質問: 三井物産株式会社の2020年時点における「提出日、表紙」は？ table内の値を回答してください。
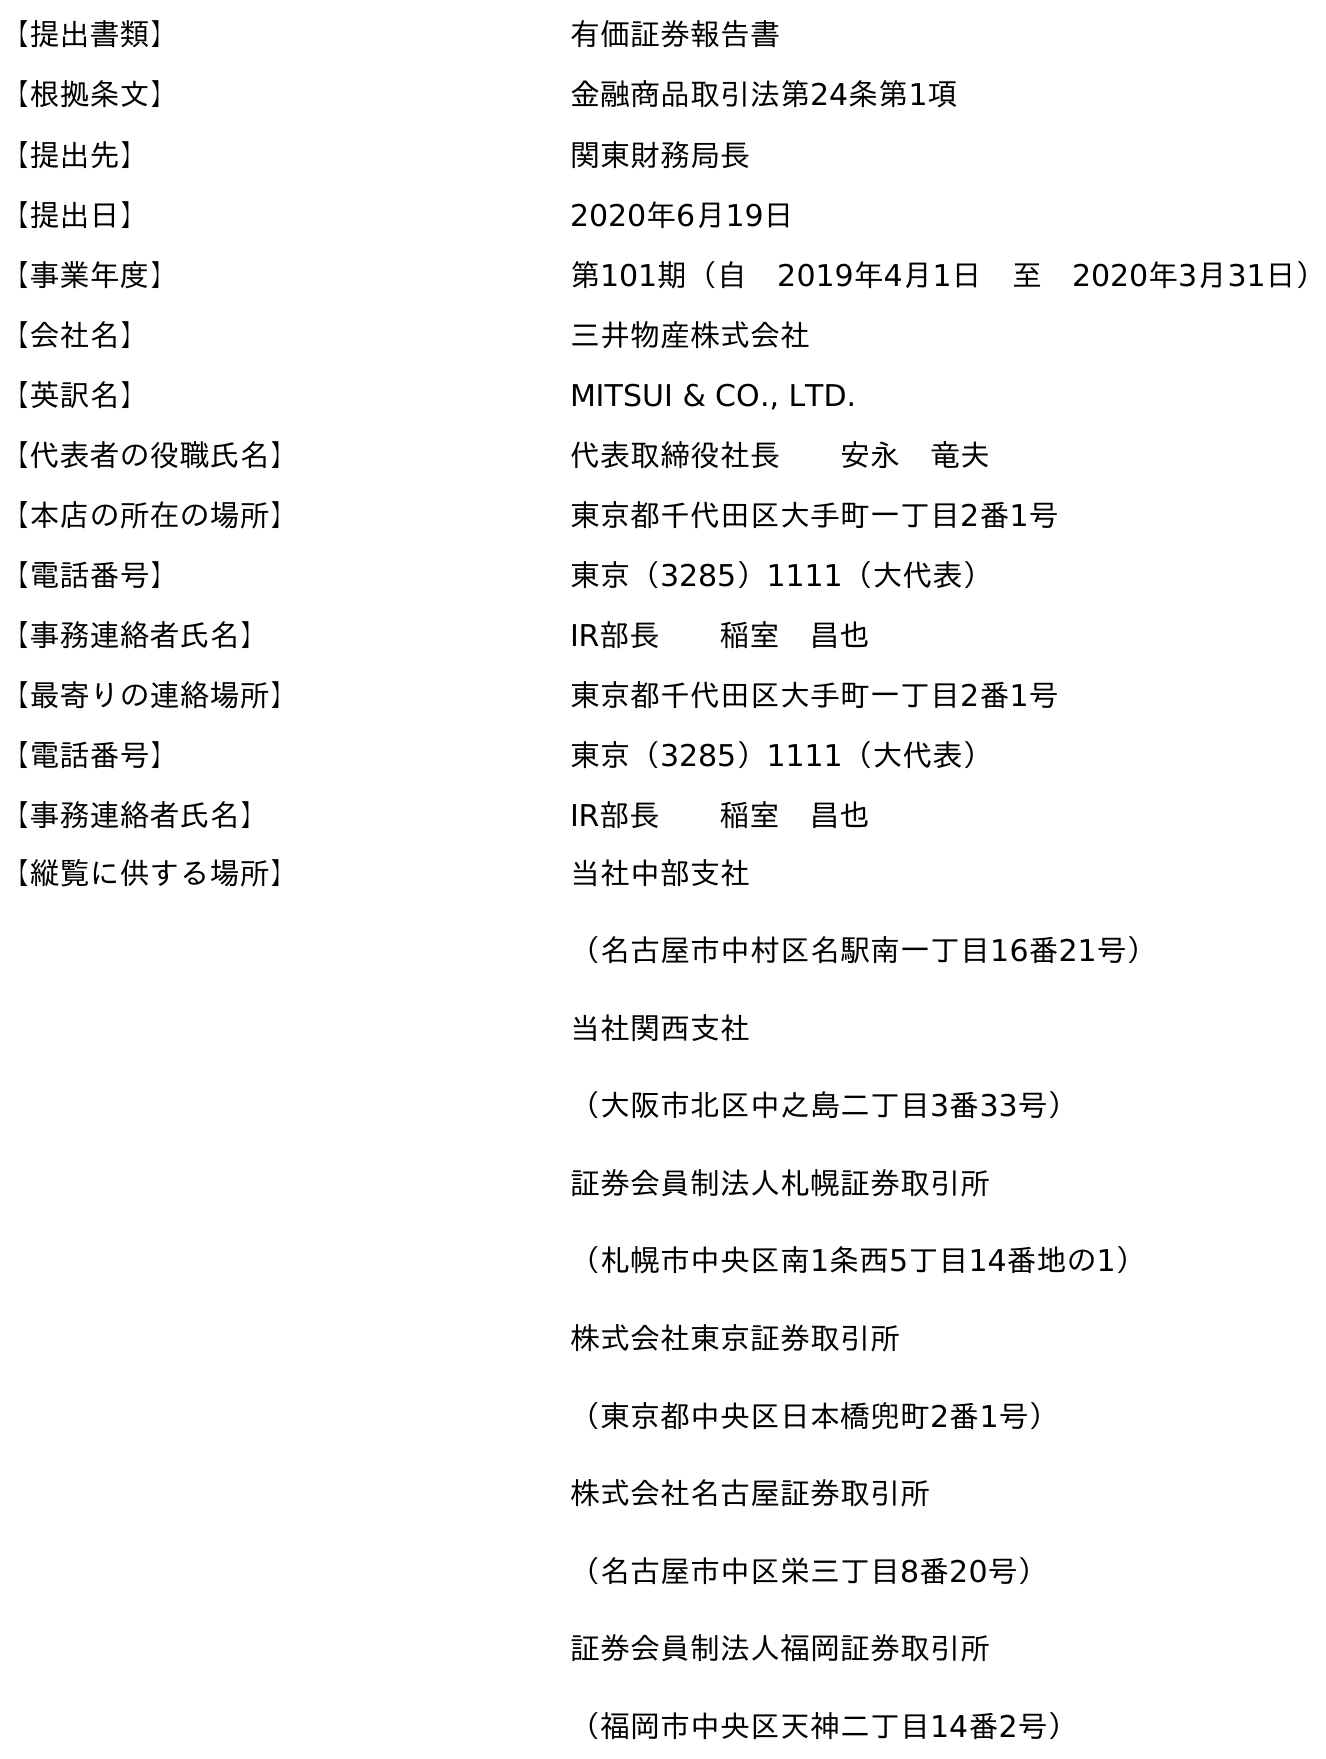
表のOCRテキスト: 【提出書類】 有価証券報告書 【根拠条文】 金融商品取引法第24条第1項 【提出先】 関東財務局長 【提出日】 2020年6月19日 【事業年度】 第101期（自 2019年4月1日 至 2020年3月31日） 【会社名】 三井物産株式会社 【英訳名】 MITSUI & CO., LTD. 【代表者の役職氏名】 代表取締役社長  安永 竜夫 【本店の所在の場所】 東京都千代田区大手町一丁目2番1号 【電話番号】 東京（3285）1111（大代表） 【事務連絡者氏名】 IR部長  稲室 昌也 【最寄りの連絡場所】 東京都千代田区大手町一丁目2番1号 【電話番号】 東京（3285）1111（大代表） 【事務連絡者氏名】 IR部長  稲室 昌也 【縦覧に供する場所】 当社中部支社 （名古屋市中村区名駅南一丁目16番21号） 当社関西支社 （大阪市北区中之島二丁目3番33号） 証券会員制法人札幌証券取引所 （札幌市中央区南1条西5丁目14番地の1） 株式会社東京証券取引所 （東京都中央区日本橋兜町2番1号） 株式会社名古屋証券取引所 （名古屋市中区栄三丁目8番20号） 証券会員制法人福岡証券取引所 （福岡市中央区天神二丁目14番2号）
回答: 2020年6月19日